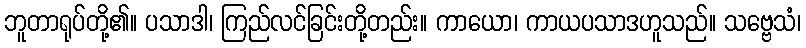
ဘူတာရုပ်တို့၏။ ပသာဒါ၊ ကြည်လင်ခြင်းတို့တည်း။ ကာယော၊ ကာယပသာဒဟူသည်။ သဗ္ဗေသံ၊